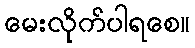
မေးလိုက်ပါရစေ။